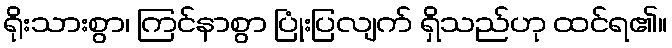
ရိုးသားစွာ၊ ကြင်နာစွာ ပြုံးပြလျက် ရှိသည်ဟု ထင်ရ၏။